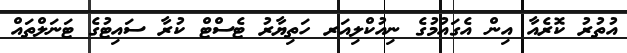
އުތުރު ކޮރެއާ އިން އެގައުމުގެ ނިއުކްލިއަރ ހަތިޔާރު ޓެސްޓް ކުރާ ސައިޓުގެ ޓަނަލްތައް